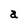
Character: a